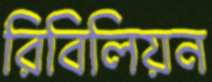
রিবিলিয়ন